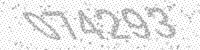
Solution: 074293